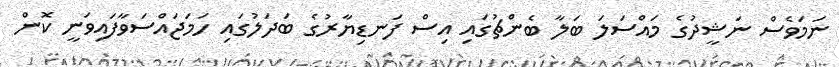
ނަމަވެސް ނަޝީދުގެ މައްސަލަ ބަލާ ބެންޗުގައި އިސް ފަނޑިޔާރުގެ ބަދަލުގައި ހަމަޖައްސަވާފައިވަނީ ކޮން